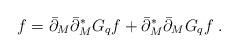
LaTeX: \begin{align*}f=\bar\partial_M\bar\partial^*_MG_q f+\bar\partial^*_M\bar\partial_M G_q f\;.\end{align*}